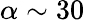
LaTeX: \alpha\sim 30